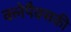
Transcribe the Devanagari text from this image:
क्लेपैक्सकी